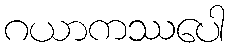
ဂယာကဿပေါ